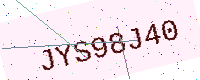
Text: JYS98J40